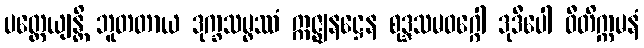
ပတ္ထေယျန္တိ ဘူတတာယ ဒုက္ခသမ္ဖဿံ ဣဇ္ဈနဋ္ဌေန စုဒ္ဒသမဝဂ္ဂေါ ဒုဒီပေါ ဝီတိက္ကမနံ